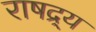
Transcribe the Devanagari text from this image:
राषद्र्य